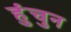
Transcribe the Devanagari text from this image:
हुंचुन